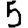
Digit: 5